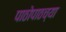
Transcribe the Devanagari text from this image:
पाठोपाठच्या